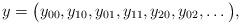
LaTeX: \begin{align*}y=\big(y_{00},y_{10},y_{01},y_{11},y_{20},y_{02}, \dots \big), \end{align*}